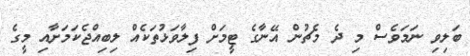
ބަލިވި ނަމަވެސް މި ދެ މެޗުން އޭނާގެ ޓީމަށް ފިލާވަޅުތަކެއް ލިބިއްޖެކަމަށާއި މީގެ